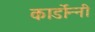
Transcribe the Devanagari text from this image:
कार्डोन्‍नी